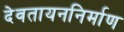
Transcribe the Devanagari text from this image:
देवतायननिर्माण